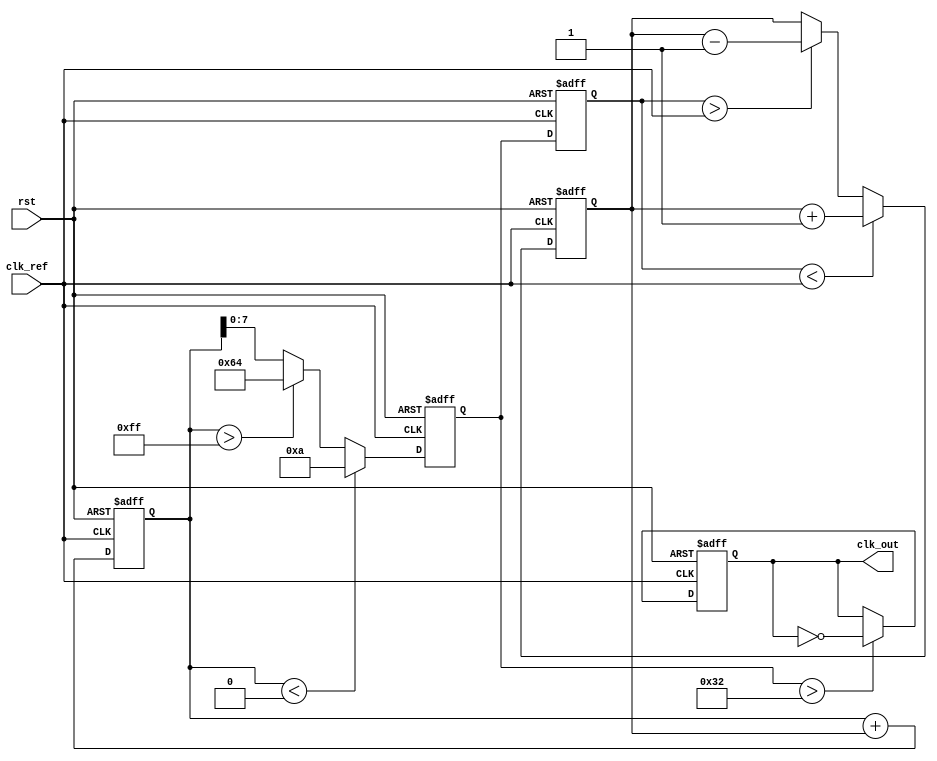
module MemoryBlocksLinearPLL(
    input wire clk_ref,           // Reference clock input
    input wire rst,               // Reset signal
    output reg clk_out            // Output clock
);

    // Parameters
    parameter integer VCO_MAX_FREQ = 100; // Maximum VCO frequency
    parameter integer VCO_MIN_FREQ = 10;   // Minimum VCO frequency
    parameter integer LOOP_FILTER_ORDER = 2; // Order of the loop filter
    
    // Internal signals
    reg [7:0] phase_error;         // Phase error signal
    reg [15:0] control_voltage;     // Control voltage for VCO
    reg [7:0] vco_output;           // VCO output frequency
    reg [7:0] feedback_signal;      // Feedback signal from VCO
    reg [15:0] memory_block;        // Memory block to store previous control voltage

    // Phase Detector
    always @(posedge clk_ref or posedge rst) begin
        if (rst) begin
            phase_error <= 8'b0;
        end else begin
            // Simple phase detection logic (leading/lagging)
            if (feedback_signal < clk_ref) begin
                phase_error <= phase_error + 1; // Output leading error
            end else if (feedback_signal > clk_ref) begin
                phase_error <= phase_error - 1; // Output lagging error
            end
        end
    end

    // Loop Filter
    always @(posedge clk_ref or posedge rst) begin
        if (rst) begin
            control_voltage <= 16'b0;
            memory_block <= 16'b0;
        end else begin
            // Simple first-order loop filter (can be modified for higher orders)
            control_voltage <= control_voltage + phase_error;
            memory_block <= control_voltage; // Store previous control voltage
        end
    end

    // Voltage-Controlled Oscillator (VCO)
    always @(posedge clk_ref or posedge rst) begin
        if (rst) begin
            vco_output <= VCO_MIN_FREQ; // Initialize VCO to minimum frequency
        end else begin
            // Control VCO output frequency based on control voltage
            if (control_voltage < 0) begin
                vco_output <= VCO_MIN_FREQ; // Limit to minimum frequency
            end else if (control_voltage > 255) begin
                vco_output <= VCO_MAX_FREQ; // Limit to maximum frequency
            end else begin
                vco_output <= control_voltage[7:0]; // Map control voltage to frequency
            end
        end
    end

    // Feedback Path (for VCO output)
    always @(posedge clk_ref or posedge rst) begin
        if (rst) begin
            feedback_signal <= 8'b0;
        end else begin
            feedback_signal <= vco_output; // Feedback the VCO output
        end
    end

    // Output Clock Generation (based on VCO output)
    always @(posedge clk_ref or posedge rst) begin
        if (rst) begin
            clk_out <= 1'b0;
        end else begin
            // Generate output clock based on VCO output
            if (vco_output > 50) begin // Example threshold for clock generation
                clk_out <= ~clk_out; // Toggle output clock
            end
        end
    end

endmodule